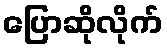
ပြောဆိုလိုက်